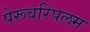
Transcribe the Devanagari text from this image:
पेरूवरिपलम